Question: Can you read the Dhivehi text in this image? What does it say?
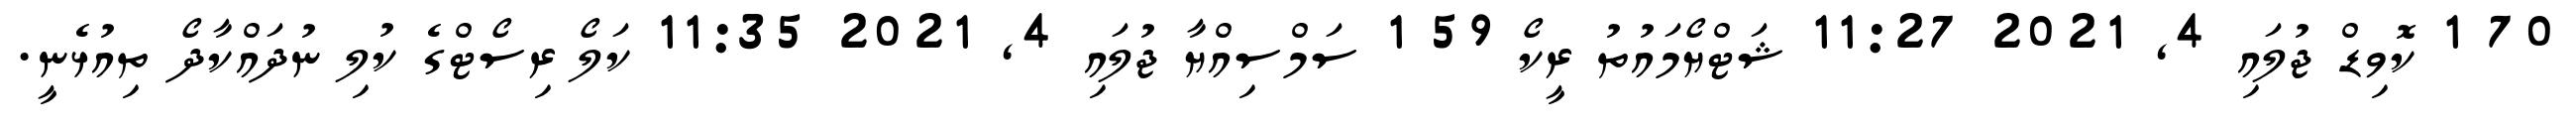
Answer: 70 1 ކޮވިޑް ޖުލައި 4, 2021 11:27 ޝަޓްޔޯމައުތު ރީކޯ 59 1 ސަމްސިއްޔާ ޖުލައި 4, 2021 11:35 ކަލޯ ރިސޯޓްގެ ކުލި ނުދައްކާދޯ ތިއުޅެނީ.